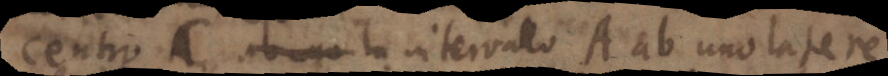
centro C ab ego intervalo A ab uno latere